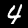
Digit: 4